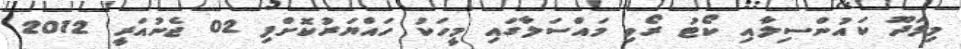
މިލަދޫ ކައުންސިލާއި ކޯޓު ރޯވި މައްސަލާގައި މީހަކު ހައްޔަރުކޮށްފި 02 ޖެނުއަރީ 2012